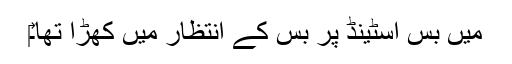
‎میں بس اسٹینڈ پر بس کے انتظار میں کھڑا تھا۔